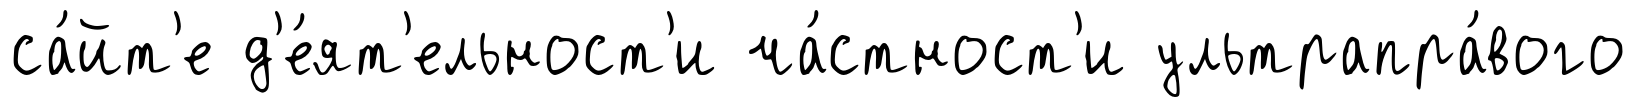
са́йт'е д'е́ят'ельност'и ча́стност'и ультрапра́вого